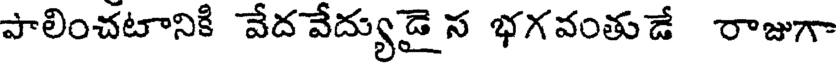
పాలించటానికి వేద వేద్యుడై స భగవంతుడే రాజుగా